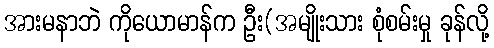
အားမနာဘဲ ကိုယောမာန်က ဦး(အမျိုးသား စုံစမ်းမှု ခုန်လို့